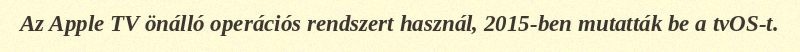
Az Apple TV önálló operációs rendszert használ, 2015-ben mutatták be a tvOS-t.